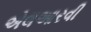
એલઆરવી